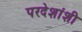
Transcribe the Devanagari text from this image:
परदेशांशी